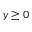
y \ge 0